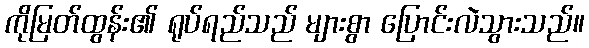
ကိုမြတ်ထွန်း၏ ရုပ်ရည်သည် များစွာ ပြောင်းလဲသွားသည်။